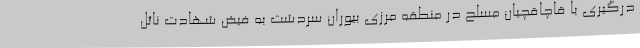
درگیری با قاچاقچیان مسلح در منطقه مرزی بیوران سردشت به فیض شهادت نائل